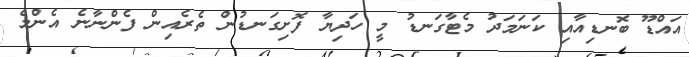
އައްޑޫ ބޮނޑިއާއި ކަނަމަދު މެޓާގަނޑު މީ ހަދިޔާ ފޮށިގަނޑުން ތެރެއިން ފެންނާނެ އެންމެ